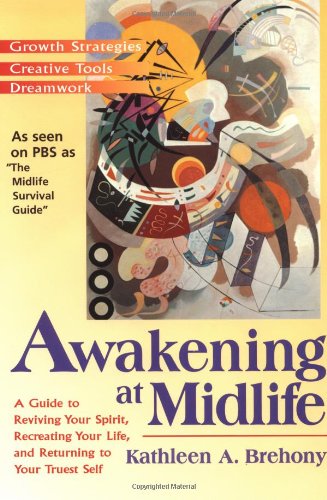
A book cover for Awakening at Midlife; Kathleen A. Brehony; Self-Help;